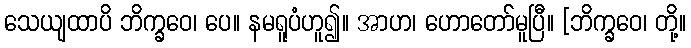
သေယျထာပိ ဘိက္ခဝေ၊ ပေ။ နမရူပံဟူ၍။ အာဟ၊ ဟောတော်မူပြီ။ [ဘိက္ခဝေ၊ တို့။